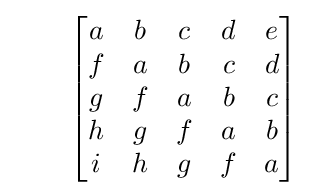
\qquad {\begin{bmatrix}a&b&c&d&e\\f&a&b&c&d\\g&f&a&b&c\\h&g&f&a&b\\i&h&g&f&a\end{bmatrix}}